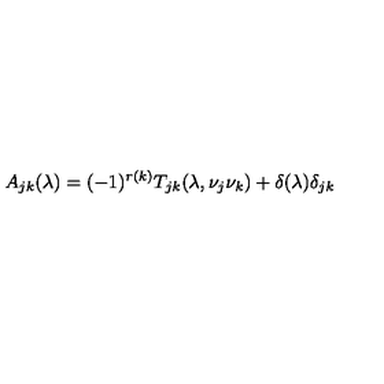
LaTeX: A _ { j k } ( \lambda ) = ( - 1 ) ^ { r ( k ) } T _ { j k } ( \lambda , \nu _ { j } \nu _ { k } ) + \delta ( \lambda ) \delta _ { j k }